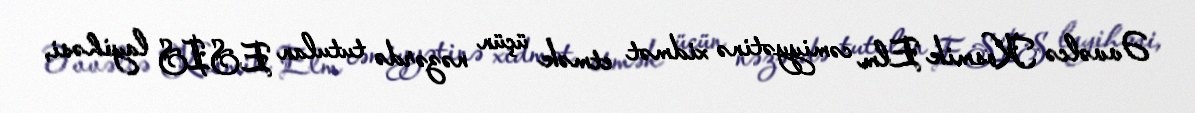
Əvvəlcə Kosmik Elm cəmiyyətinə xidmət etmək üçün nəzərdə tutulan ESIS layihəsi,